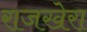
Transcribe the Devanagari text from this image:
राजखेरा